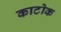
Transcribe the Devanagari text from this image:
काटोक